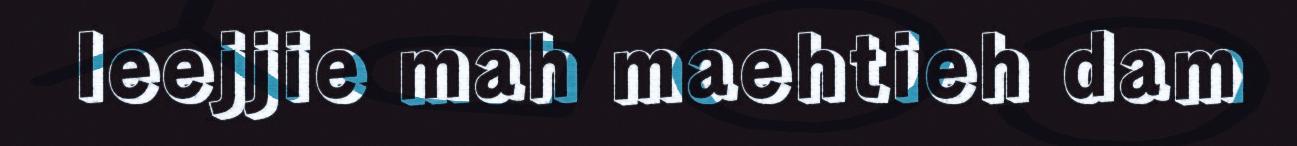
leejjie mah maehtieh dam